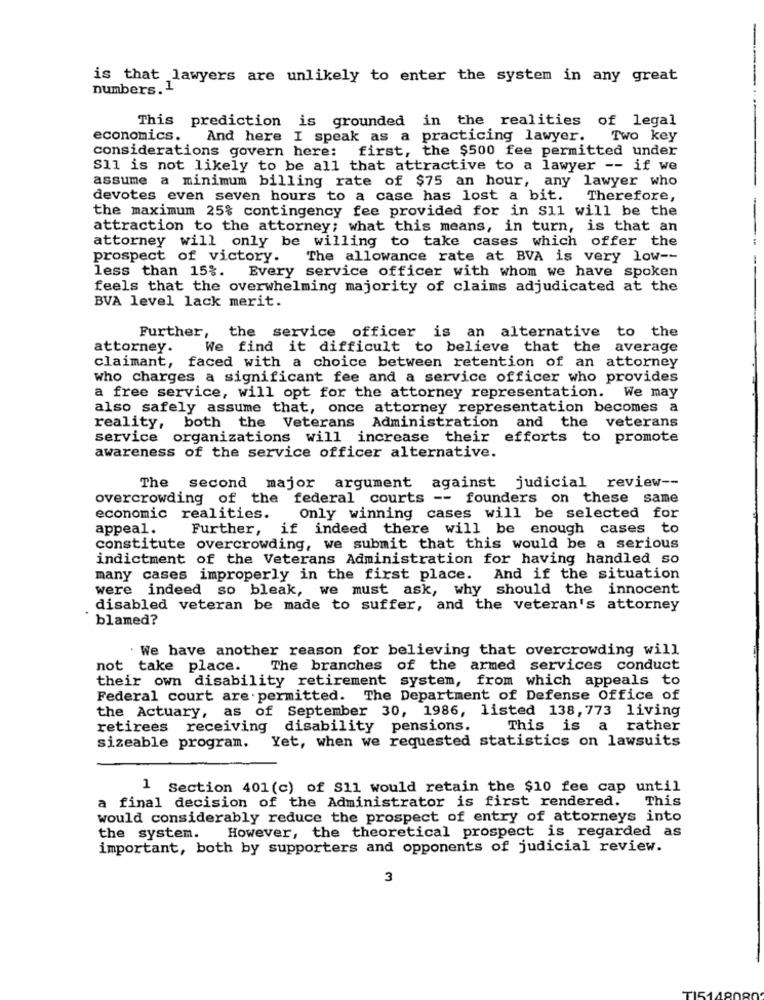
is that lawyers are unlikely to enter the system in any great
numbers.1
This prediction is grounded in the realities of legal
economics.
And here I speak as a practicing lawyer. Two key
considerations govern here:
first, the $500 fee permitted under
S11 is not likely to be all that attractive to a lawyer -- if we
assume a minimum billing rate of $75 an hour, any lawyer who
devotes even seven hours to a case has lost a bit.
Therefore,
the maximum 25% contingency fee provided for in S11 will be the
attraction to the attorney; what this means, in turn, is that an
attorney will only be willing to take cases which offer the
prospect of victory. The allowance rate at BVA is very low --
less than 15%. Every service officer with whom we have spoken
feels that the overwhelming majority of claims adjudicated at the
BVA level lack merit.
Further,
the service officer is an alternative to the
attorney.
We find it difficult to believe that the average
claimant, faced with a choice between retention of an attorney
who charges a significant fee and a service officer who provides
a free service, will opt for the attorney representation. We may
also safely assume that, once attorney representation becomes a
reality, both the Veterans Administration
and the veterans
service organizations will increase their
efforts to promote
awareness of the service officer alternative.
The second major argument against judicial review --
overcrowding of the federal courts -- founders on these same
economic realities.
Only winning cases will be selected for
appeal.
Further, if indeed there will be enough cases to
constitute overcrowding, we submit that this would be a serious
indictment of the Veterans Administration for having handled so
many cases improperly in the first place. And if the situation
were indeed so bleak, we must ask, why should the innocent
disabled veteran be made to suffer, and the veteran's attorney
blamed?
We have another reason for believing that overcrowding will
not take place. The branches of the armed services conduct
their own disability retirement system, from which appeals to
Federal court are permitted. The Department of Defense Office of
the Actuary, as of September 30, 1986, listed 138, 773 living
retirees receiving disability pensions.
This is a rather
Yet, when we requested statistics on lawsuits
sizeable program.
1 Section 401 (c) of S11 would retain the $10 fee cap until
a final decision of the Administrator is first rendered.
This
would considerably reduce the prospect of entry of attorneys into
However, the theoretical prospect is regarded as
the system.
important, both by supporters and opponents of judicial review.
3